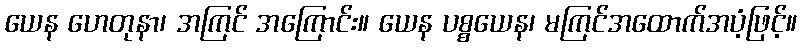
ယေန ဟေတုနာ၊ အကြင် အကြောင်း။ ယေန ပစ္စယေန၊ မကြင်အထောက်အပံ့ဖြင့်။